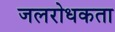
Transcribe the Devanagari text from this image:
जलरोधकता